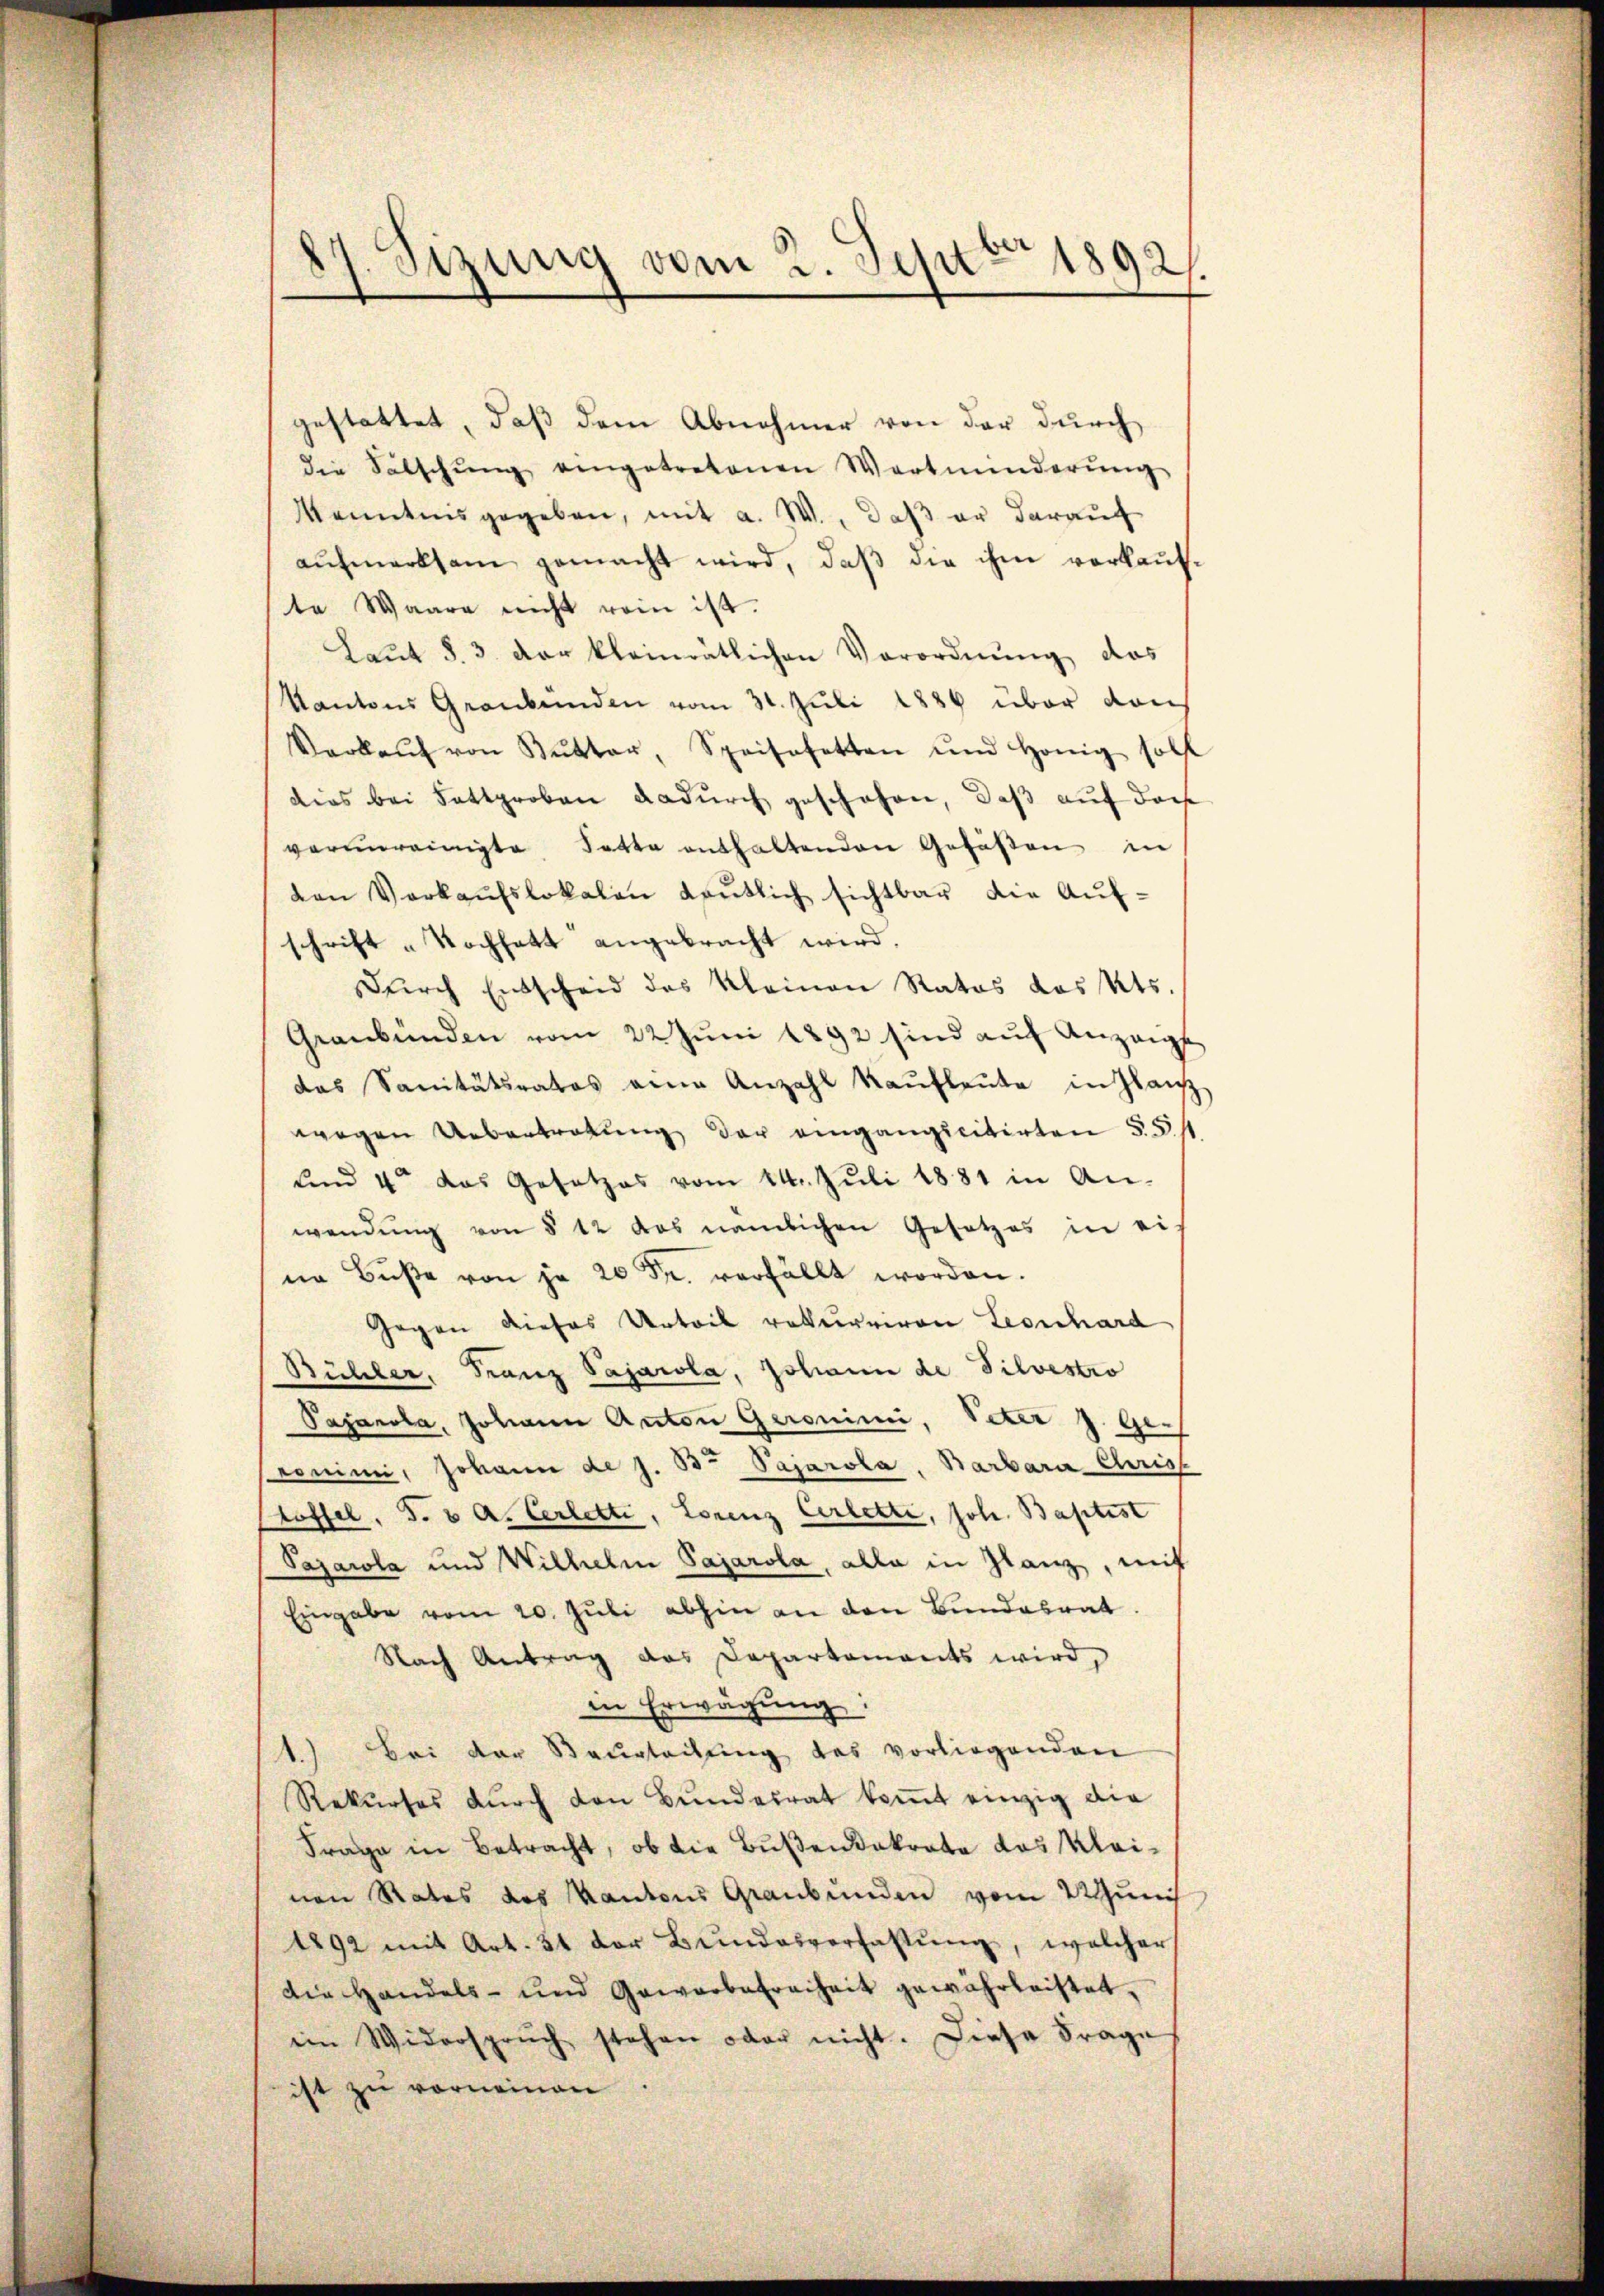
¬
Sizung vom 2. Septbr 1892

gestattet, daß dem Abnehmer von der durch
die Sätschŭng eingetretenen Wertminderŭng
Kenntnis gegeben, mit a. W., daβ er darauf
aŭfmerksam gemacht wird, daβ die ihm verkaŭf-
te Waare nicht rein ist.
Laŭt §. 3. der kleinrätlichen Verordnŭng das
Kantons Graubünden vom 31. Juli 1884 über von
Verkaŭf von Kŭtter, Speisefetten und Honig soll
dies bei Fattproben dadurch geschehen, daß auf doch
verŭnreinigte Satte enthaltenden Gefäßen in
den Verkaŭfslokalen deutlich sichtbar die Aufschrift - Nochhatt angebracht wird.
Dŭrch Entscheid des Kleinen Rates das Kts.
Graubünden vom 22 Juni 1892 sind auf Anzeig
das Sanitätsrates eine Anzahl kaŭflaŭte in Glanz
wegen Uebertretung der eingangicitirten §. 5.
und 4ten das Gesetzes vom 14. Juli 1881 in An-
wendung von § 12 das nämlichen Gesetzes in eis
ne Bŭβe von je 20 Fr. verfällt worden.
Gegen dieses Urteil rekurriren Leonhard
Bühler, Franz Pajarola, Johann de Silvestio
Pasanola, Johann Anton Geronini, Veter z. Ge-
ronimi, Johann de s. 3o Pajarola, Barbara Chris
toffel. S. 8 A. Cerletti, Lorenz Cerletti, Joh. Baptist
Pajarola und Wilhelm Sajarola, alle in Glanz, mit
Eingabe vom 20. Juli abhin an den Bundesrat.
Nach Antrag das Departements wird,
in Erwägung.
1.) Bei der Staŭgleitŭng das vorliegenden
Rekŭrses dŭrch den Bŭndesrat koṁt einzig die
Frage in Betracht, ob die Bußendokrata das Kleinen Rates des Kantons Graubünden vom 2 Guns
1892 mit Art. 51 der Bŭndesverfassŭng, welcher
die Handels- und Gewerbefreiheit gewährleistet,
ein Widerspruch stehen oder nicht. Diese Frage
ist zu vorneinen.